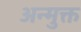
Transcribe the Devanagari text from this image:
अन्मुक्त